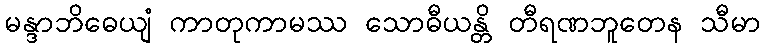
မန္ဒာဘိဓေယျံ ကာတုကာမဿ သောဓီယန္တိ တီရဏဘူတေန သီမာ